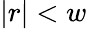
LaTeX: |r|<w